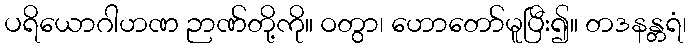
ပရိယောဂါဟဏ ဉာဏ်တို့ကို။ ဝတွာ၊ ဟောတော်မူပြီး၍။ တဒနန္တရံ၊